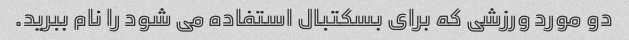
دو مورد ورزشی که برای بسکتبال استفاده می شود را نام ببرید.